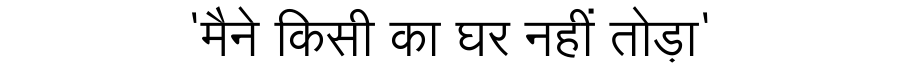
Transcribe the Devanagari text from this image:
'मैने किसी का घर नहीं तोड़ा'